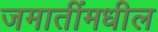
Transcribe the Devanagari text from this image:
जमातींमधील